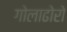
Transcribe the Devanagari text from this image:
गोलाढोरो